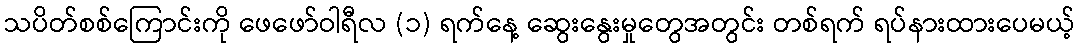
သပိတ်စစ်ကြောင်းကို ဖေဖော်ဝါရီလ (၁) ရက်နေ့ ဆွေးနွေးမှုတွေအတွင်း တစ်ရက် ရပ်နားထားပေမယ့်